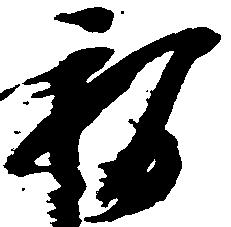
智